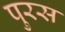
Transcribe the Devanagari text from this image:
पुरस